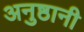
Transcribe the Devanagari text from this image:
अनुष्ठानी